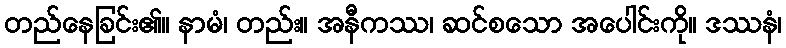
တည်နေခြင်း၏။ နာမံ၊ တည်း။ အနီကဿ၊ ဆင်စသော အပေါင်းကို။ ဒဿနံ၊